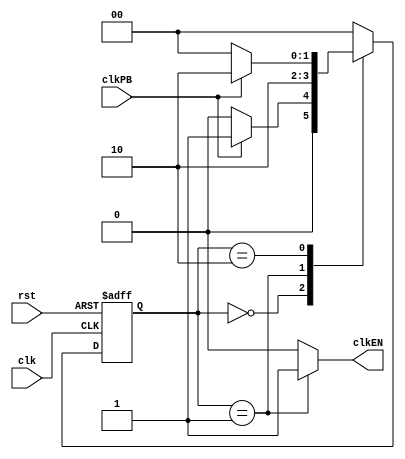
module OnePulser(input clkPB , clk , rst , output reg clkEN);
    parameter A = 2'b00 , B = 2'b01 , C = 2'b10;
    reg[1:0] ps , ns;

    always @(ps, clkPB) begin
        case (ps)
            A: ns = (clkPB) ? B:A;
            B: ns = C;
            C: ns = (clkPB) ? C:A;
            default: ns = A;
        endcase
    end

    always @(ps) begin
        clkEN = 1'b0;
        case (ps)
            B: clkEN = 1'b1;
        endcase
    end

    always @(posedge clk , posedge rst) begin
        if(rst) ps <= A;
        else ps <= ns;
    end

endmodule